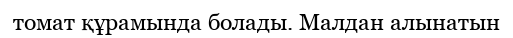
томат құрамында болады. Малдан алынатын